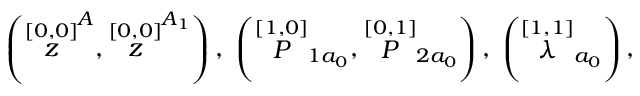
\left( \stackrel { [ 0 , 0 ] } { z } ^ { A } , \stackrel { [ 0 , 0 ] } { z } ^ { A _ { 1 } } \right) , \; \left( \stackrel { [ 1 , 0 ] } { \cal P } _ { 1 a _ { 0 } } , \stackrel { [ 0 , 1 ] } { \cal P } _ { 2 a _ { 0 } } \right) , \; \left( \stackrel { [ 1 , 1 ] } { \lambda } _ { a _ { 0 } } \right) ,